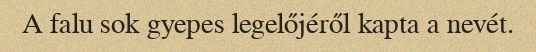
A falu sok gyepes legelőjéről kapta a nevét.